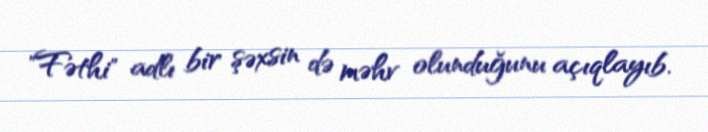
"Fəthi" adlı bir şəxsin də məhv olunduğunu açıqlayıb.